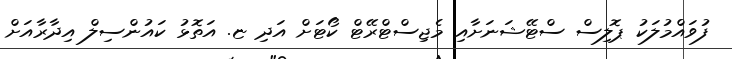
ފުވައްމުލަކު ޕޮލިސް ސްޓޭޝަނަށާއި މެޖިސްޓްރޭޓް ކޯޓަށް އަދި ޏ. އަތޮޅު ކައުންސިލް އިދާރާއަށް